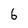
Character: 6